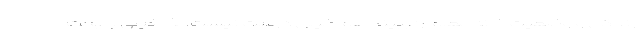
زندگی و وضعیت خانه معلم را ببیند هم خیلی درست نیست، لذا خیلی با بحث